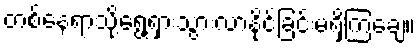
တစ်နေရာသို့ရွေ့ရှားသွားလာနိုင်ခြင်းမရှိကြချေ။